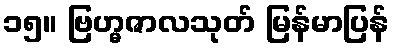
၁၅။ ဗြဟ္မဇာလသုတ် မြန်မာပြန်